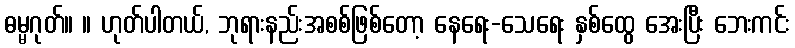
ဓမ္မဂုတ်။ ။ ဟုတ်ပါတယ်, ဘုရားနည်းအစစ်ဖြစ်တော့ နေရေး-သေရေး နှစ်ထွေ အေးပြီး ဘေးကင်း